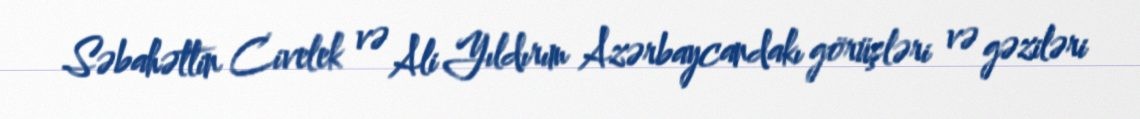
Səbahəttin Civelek və Ali Yıldırım Azərbaycandakı görüşləri və gəziləri